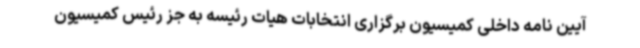
آیین نامه داخلی کمیسیون برگزاری انتخابات هیات رئیسه به جز رئیس کمیسیون